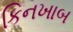
કિનખાબ